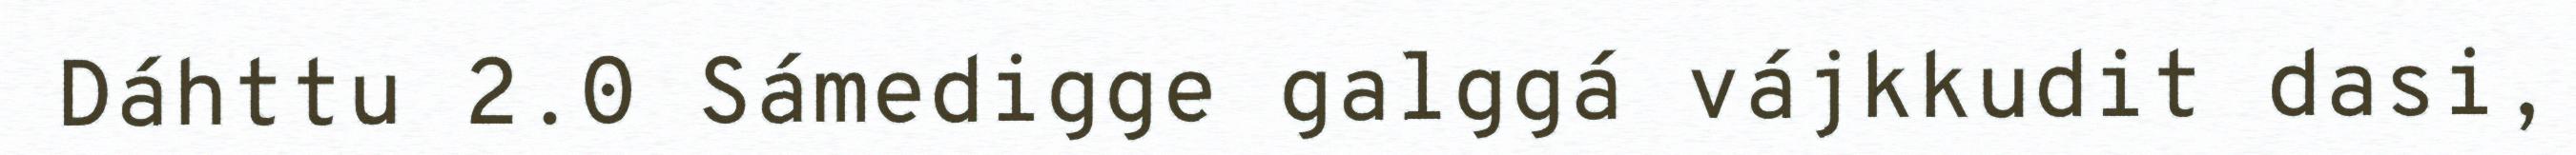
Dáhttu 2.0 Sámedigge galggá vájkkudit dasi,